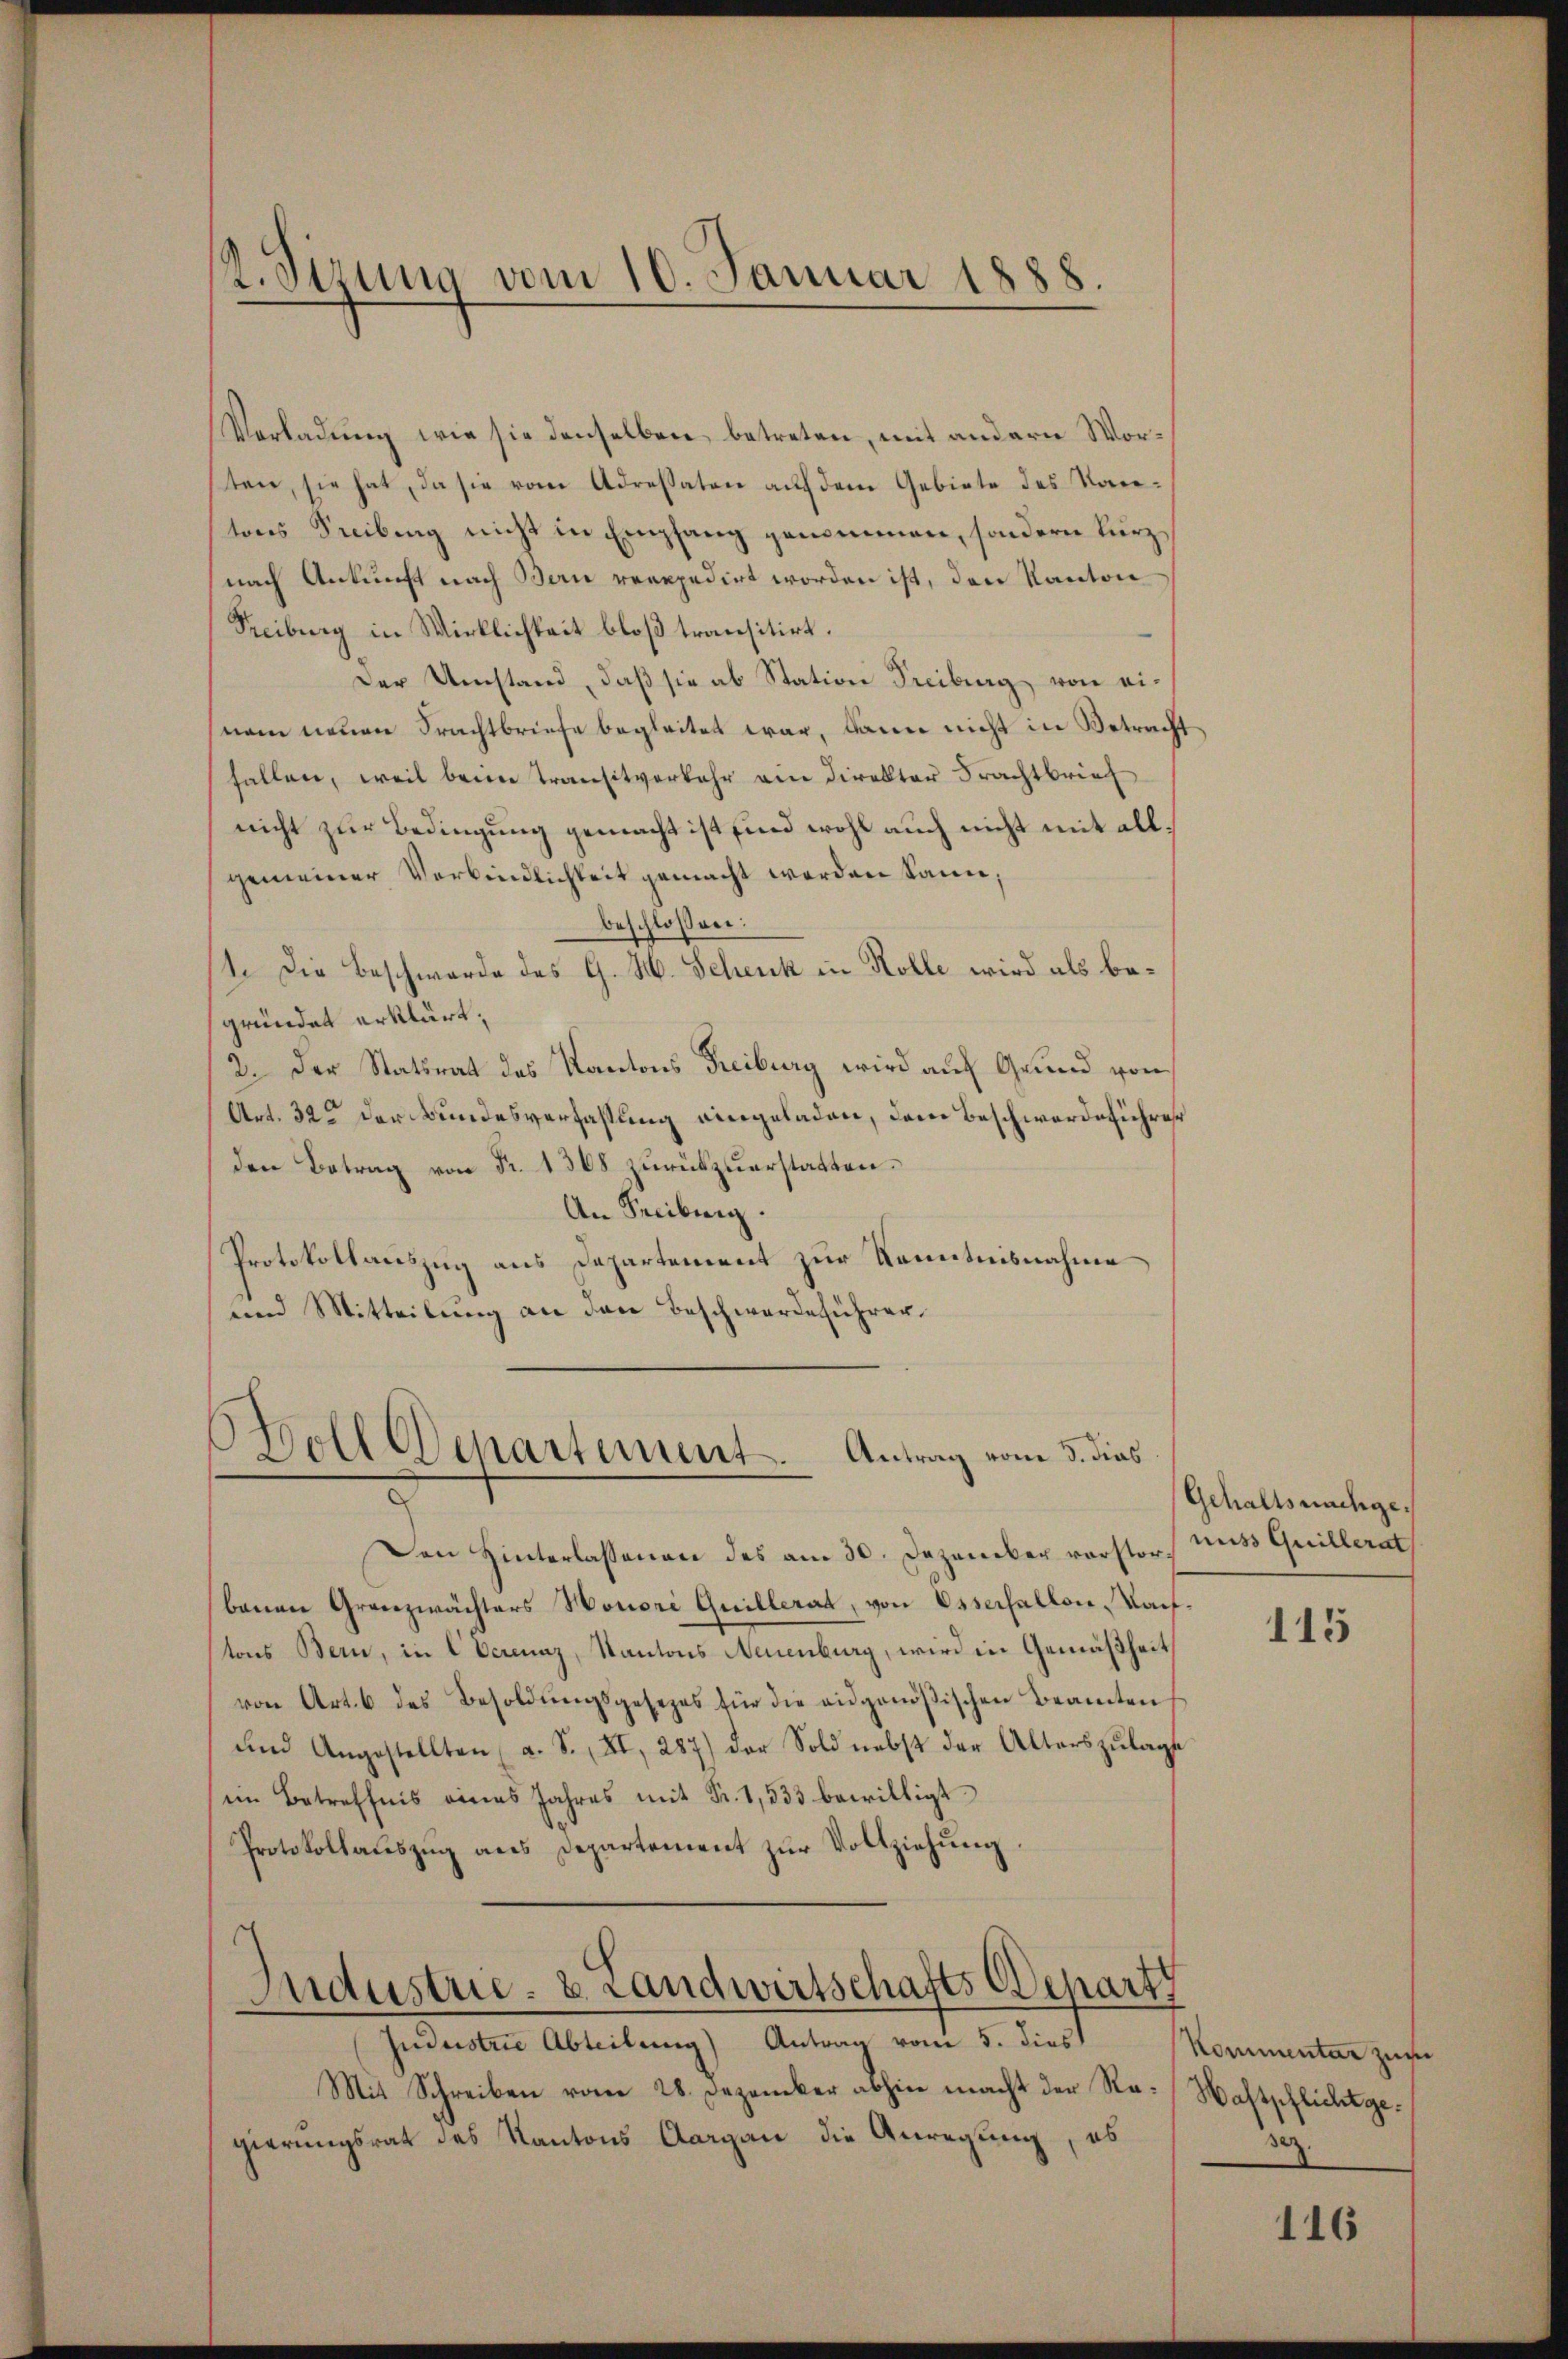
Vorladung wie sie denselben betreten, mit andern Worten, sie hat, da sie vom Adressaten auf dem Gebiete des Kantons Steibung nicht in Empfang genommen, sondern kürznach Ankunft nach Bern verepedirt worden ist, den Kanton
Treiburg in Wirklichkeit bloß transitirt.
Der Umstand, daß sie ab Station Freiburg, von einem neuen Frachtbriefe begleitet war, dann nicht in Betracht
hallen, weil beim Transitverkehr am Direktor Frachtbrief
nicht zur Bedingung gemacht ist sind wohl auch nicht mit allgemeiner Verbindlichkeit gemacht werden kann;
beschlossen:
11. Die Beschwerde des G. H. Schenk in Rolle wird als begründet erklärt,
2. Der Statsrat des Kantons Freiburg wird auf Grund von
Art. 32 der Bundesverfassung eingeladen, dem Beschwerdeführer
den Betrag von Fr. 1368 zurückzuerstatten.
An Freibung.
Protokollauszug aus Departement zur Kenntnisnahme
und Mitteilung an den Beschwerdeführer.

2. Sizung vom 10. Januar 1888.

Boll Departement. Antrag vom 3. dies

¬

Den Hinterlassenen des am 30. Dezember verstorbenen Granzwächters Honori Quillerat, von Osserfallen, Kauftons Bern, in 1 Verenaz, Kantons Neuenburg, wird in Gemäßheit
von Art. 6 des Besoldŭngsgesezes für die eidgenößischen Beamten
und Angestellten (a. S. XI, 287) der Sold nebst der Alterszŭlage
ein Betreffnis eines Jahres mit Fr. 1,533 bewilligt
Protokollauszug aus Departement zur Vollziehung

Industrie. 8. Landwirtschafts Depart

juidustrie Abteilung) Antrag vom 5. dies
Mit Schreiben vom 28. Dezember abhin macht der Re-Wastschlicht gegierungsrat des Kantons Aargau die Anregung, es

Gehaltsnachgemis Quillerat

115

Kommentar zum
ser

116